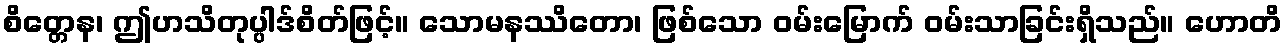
စိတ္တေန၊ ဤဟသိတုပ္ပါဒ်စိတ်ဖြင့်။ သောမနဿိတော၊ ဖြစ်သော ဝမ်းမြောက် ဝမ်းသာခြင်းရှိသည်။ ဟောတိ